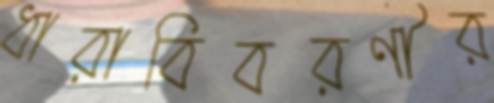
ধারাবিবরণীর